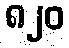
၈၂၀